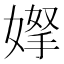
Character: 𭒌